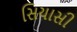
સિયાસી